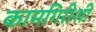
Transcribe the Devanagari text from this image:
कामगिरीशी